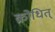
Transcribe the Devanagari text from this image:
क्रोधित्